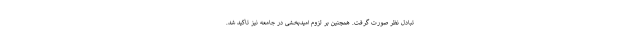
تبادل نظر صورت گرفت. همچنین بر لزوم امیدبخشی در جامعه نیز تاکید شد.